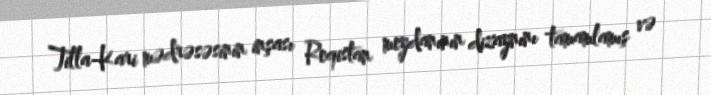
Tilla-Kari mədrəsəsinin inşası Reqistan meydanının dizaynını tamamlamış və